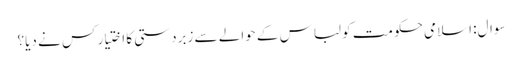
سوال: اسلامی حکومت کو لباس کے حوالے سے زبردستی کا اختیار کس نے دیا؟